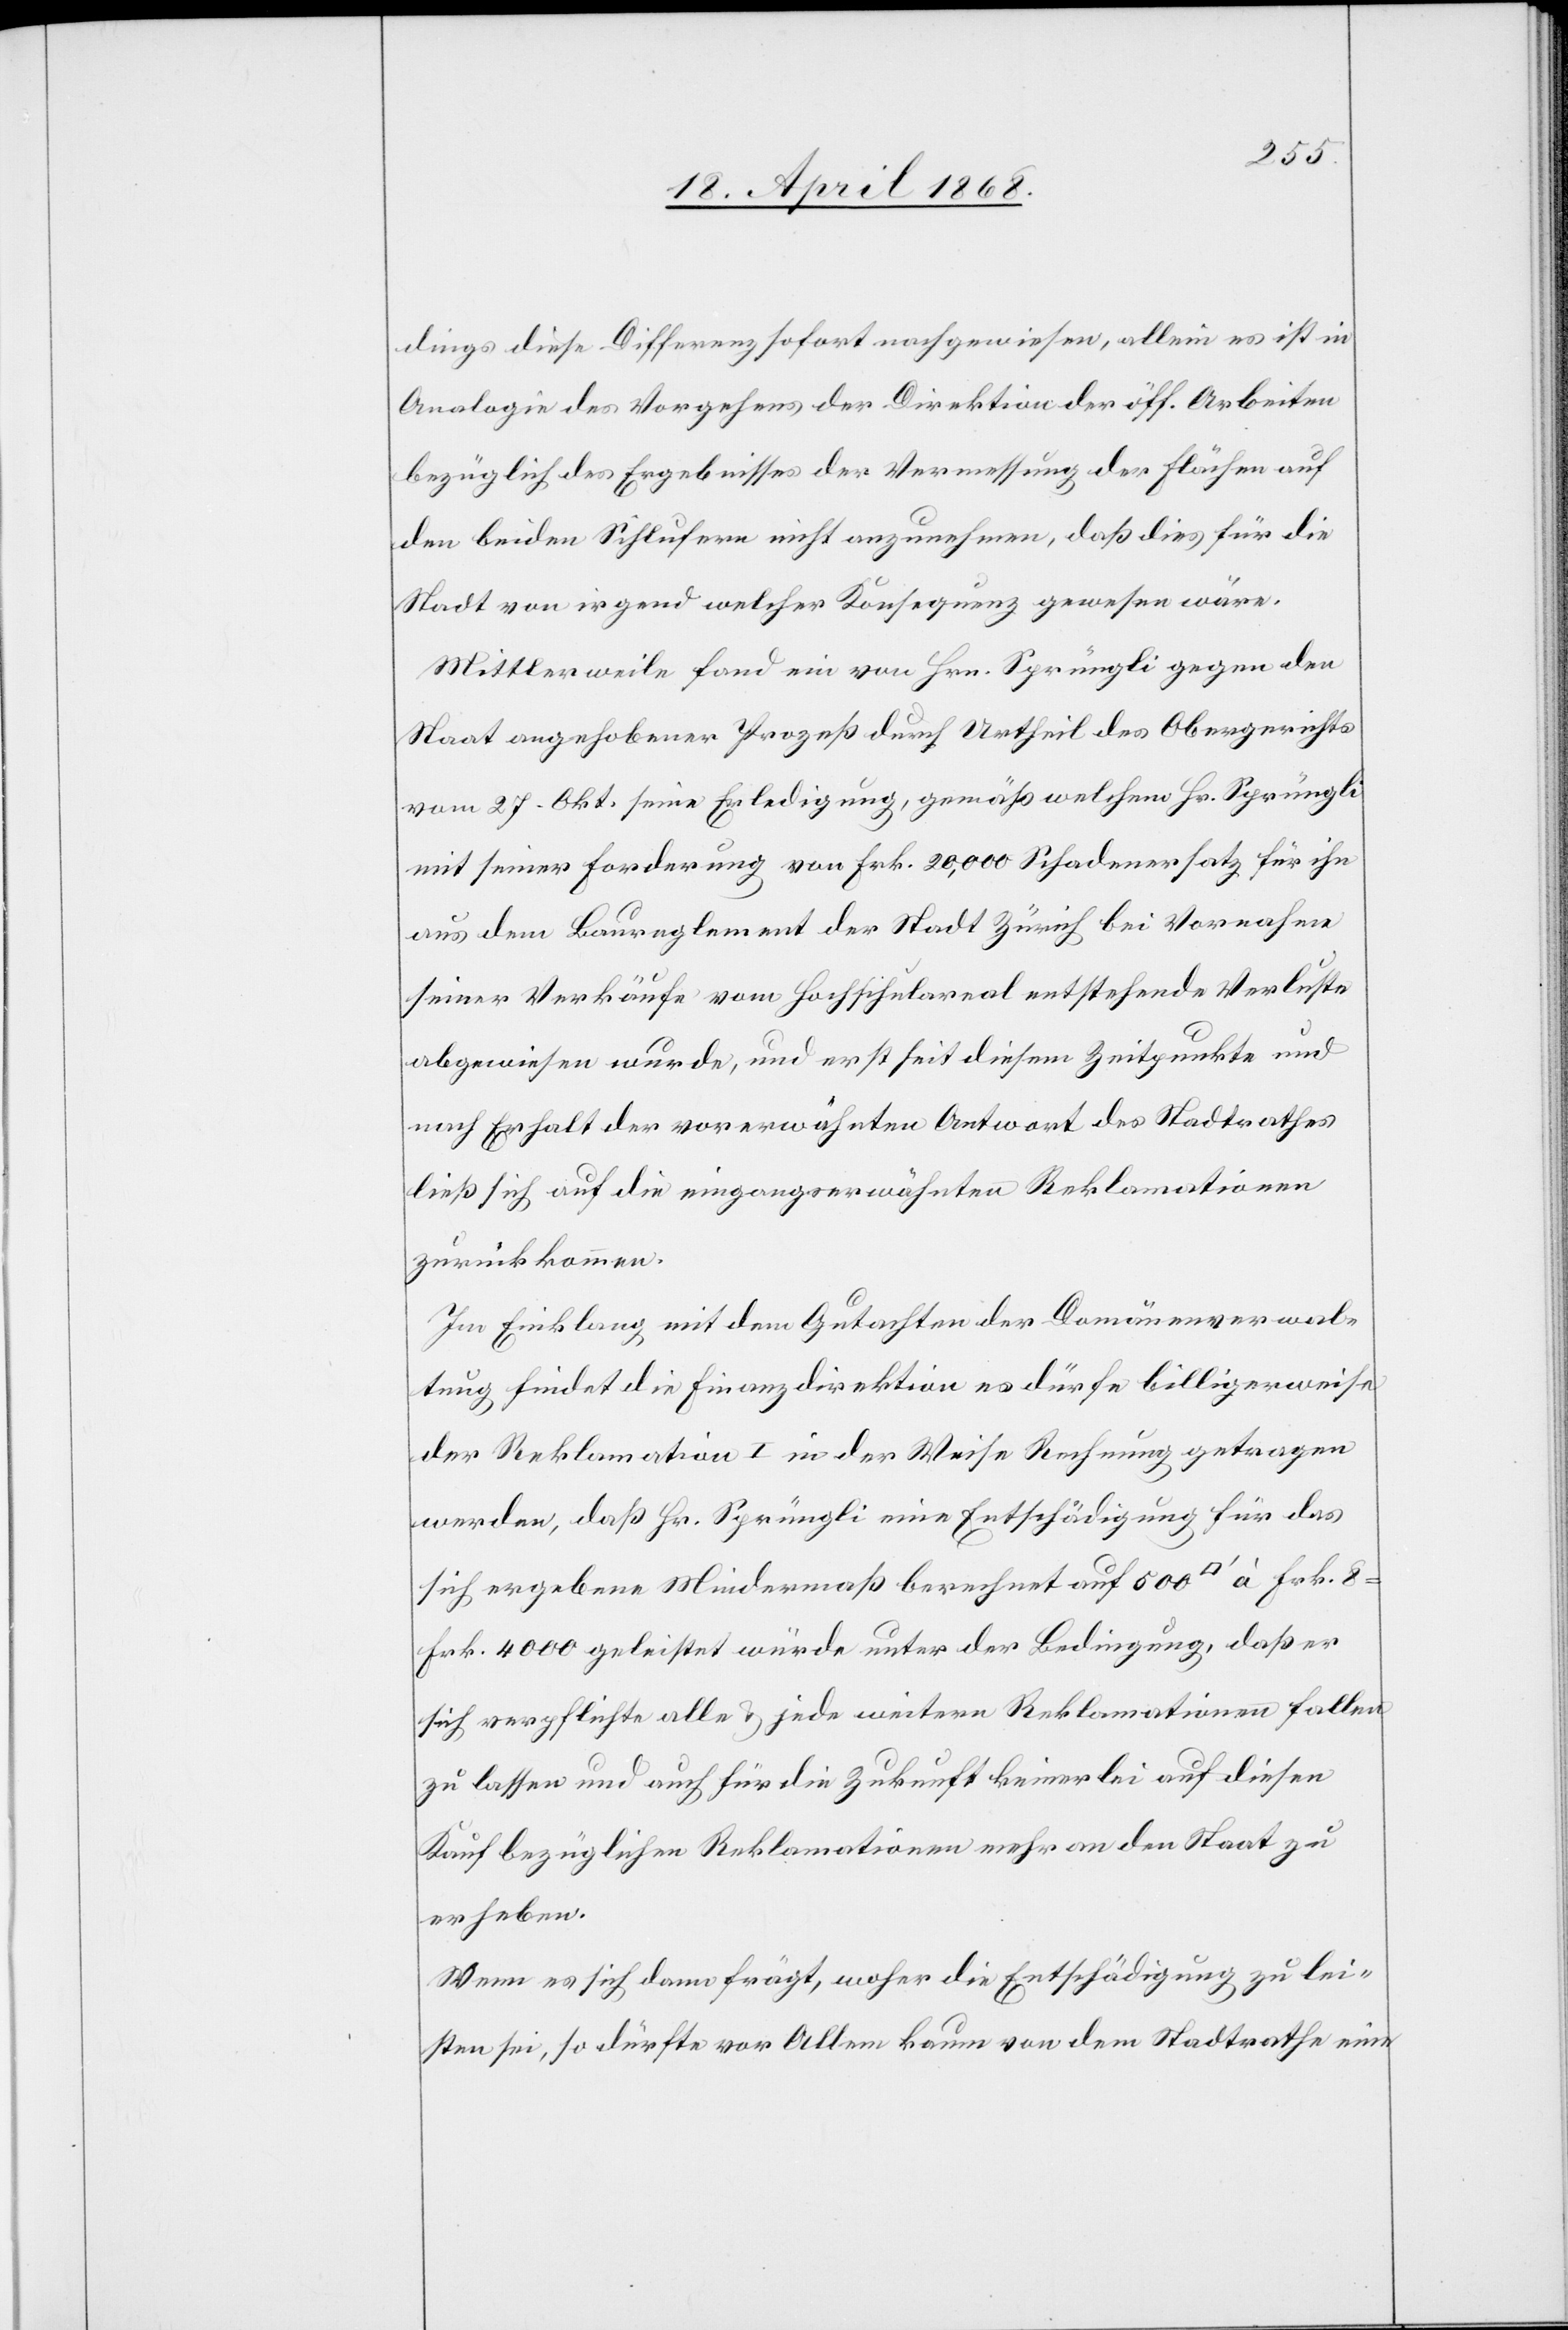
dings diese Differenz sofort nachgewiesen, allein es ist in
Analogie des Vorgehens der Direktion der öff. Arbeiten
bezüglich des Ergebnisses der Vermessung der Flächen auf
den beiden Sihlufern nicht anzunehmen, daß dies für die
Stadt von irgend welcher Konsequenz gewesen wäre.
Mittlerweile fand ein von Hrn. Sprüngli gegen den
Staat angehobener Prozeß durch Urtheil des Obergerichts
vom 27. Okt. seine Erledigung, gemäß welchem Hr. Sprüngli
mit seiner Forderung von Frk. 20,000 Schadenersatz für ihn
aus dem Baureglement der Stadt Zürich bei Vornahme
seiner Verkäufe vom Hochschulareal entstehende Verluste
abgewiesen wurde, und erst seit diesem Zeitpunkte und
nach Erhalt der vorerwähnten Antwort des Stadtrathes
ließ sich auf die eingangserwähnten Reklamationen
zurückkommen.
Im Einklang mit dem Gutachten der Domänenverwal¬
tung findet die Finanzdirektion es dürfte billigerweise
der Reklamation I in der Weise Rechnung getragen
werden, daß Hr. Sprüngli eine Entschädigung für das
sich ergebene Mindermaß berechnet auf 500 [Quadratfuß] à Frk. 8
Frk. 4000 geleistet würde unter der Bedingung, daß er
sich verpflichte alle & jede weitere Reklamationen fallen
zu lassen und auch für die Zukunft keinerlei auf diesen
Kauf bezüglichen Reklamationen mehr an den Staat zu
erheben.
Wenn es sich dann frägt, woher die Entschädigung zu lei¬
sten sei, so dürfte vor Allem kaum von dem Stadtrathe eine